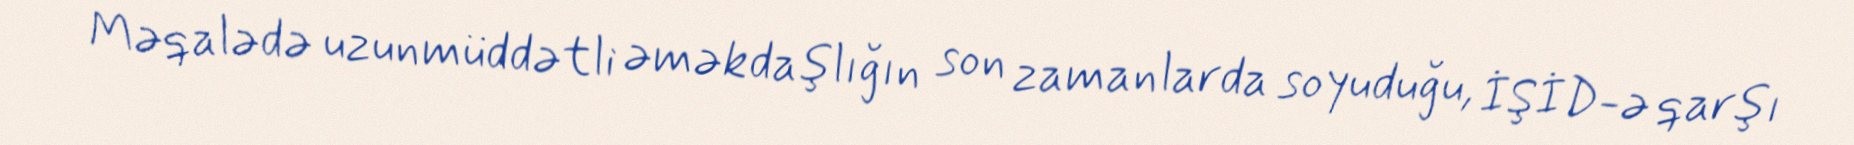
Məqalədə uzunmüddətli əməkdaşlığın son zamanlarda soyuduğu, İŞİD-ə qarşı